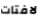
لافتات